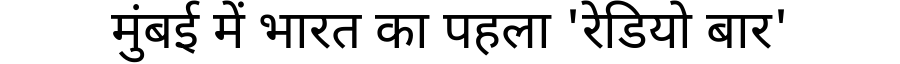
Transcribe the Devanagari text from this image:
मुंबई में भारत का पहला 'रेडियो बार'